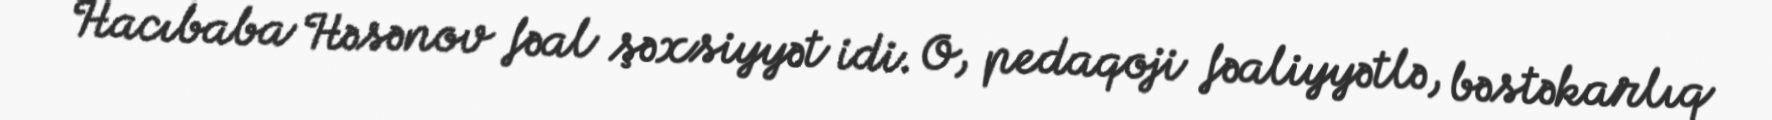
Hacıbaba Həsənov fəal şəxsiyyət idi. O, pedaqoji fəaliyyətlə, bəstəkarlıq